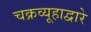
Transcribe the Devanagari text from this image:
चक्रव्यूहाद्वारे